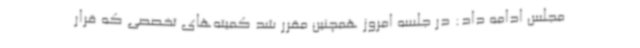
مجلس ادامه داد: در جلسه امروز همچنین مقرر شد کمیته‌های تخصصی که قرار